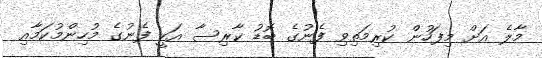
މާލެ އަށް މިފަހުން ކުރިމަތިވި ފެނުގެ ބޮޑު ކާރިސާ އަކީ ފެނުގެ މުހިންމުކަމާއި